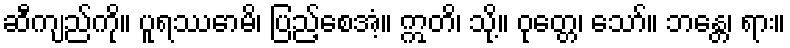
ဆီကျည်ကို။ ပူရဿောမိ၊ ပြည့်စေအံ့။ ဣတိ၊ သို့။ ဝုတ္တေ၊ သော်။ ဘန္တေ၊ ရား။